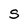
Character: S